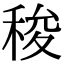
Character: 稄